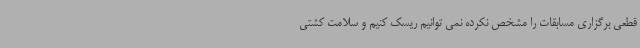
قطعی برگزاری مسابقات را مشخص نکرده نمی توانیم ریسک کنیم و سلامت کشتی